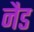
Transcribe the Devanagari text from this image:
नैड